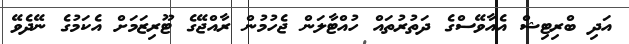
އަދި ބްރިޓިޝް އެއާވޭސްގެ ދަތުރުތައް ހުއްޓާލަން ޖެހުމުން ރާއްޖޭގެ ޓޫރިޒަމަށް އެކަމުގެ ނޭދެވޭ